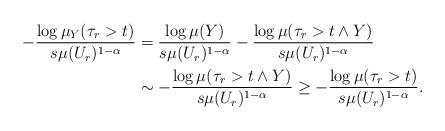
LaTeX: \begin{align*}-\frac{\log\mu_Y(\tau_r>t)}{s\mu(U_r)^{1-\alpha}}& = \frac{\log\mu(Y)}{s\mu(U_r)^{1-\alpha}}-\frac{\log\mu(\tau_r>t\wedge Y)}{s\mu(U_r)^{1-\alpha}}\\&\sim -\frac{\log\mu(\tau_r>t\wedge Y)}{s\mu(U_r)^{1-\alpha}} \ge -\frac{\log\mu(\tau_r>t)}{s\mu(U_r)^{1-\alpha}}.\end{align*}